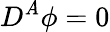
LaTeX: D^{\mathit{A}}\phi=0